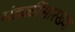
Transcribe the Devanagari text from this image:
मंडळींसारख्या